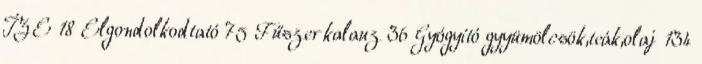
ÍZE 18 Elgondolkodtató 75 Fűszerkalauz 36 Gyógyító gyyümölcsök,teák,olaj 134